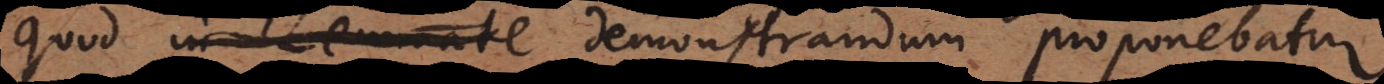
quod in Lemmate demonstrandum proponebatur